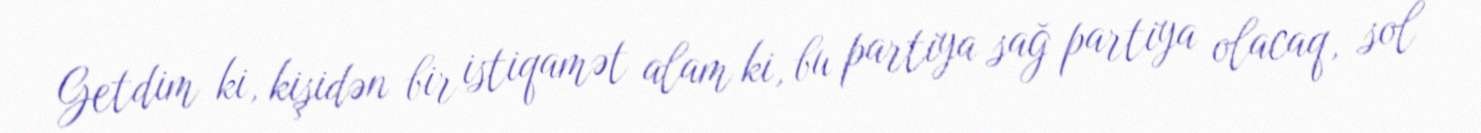
Getdim ki, kişidən bir istiqamət alam ki, bu partiya sağ partiya olacaq, sol